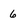
Character: 6